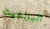
البراغيث